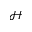
\mathcal { H }